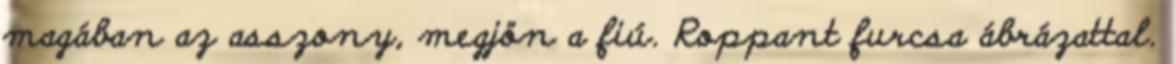
magában az asszony, megjön a fiú. Roppant furcsa ábrázattal.